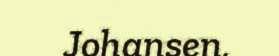
Johansen,